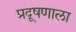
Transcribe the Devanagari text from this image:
प्रदूषणाला